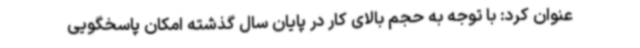
عنوان کرد: با توجه به حجم بالای کار در پایان سال گذشته امکان پاسخگویی